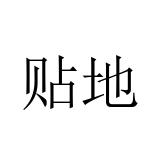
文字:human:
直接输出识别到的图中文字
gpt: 贴地